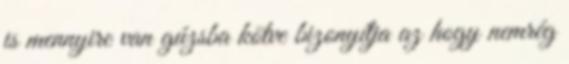
is mennyire van gúzsba kötve bizonyítja az hogy nemrég